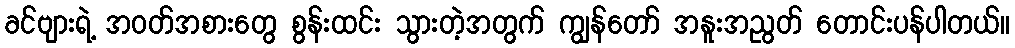
ခင်ဗျားရဲ့ အဝတ်အစားတွေ စွန်းထင်း သွားတဲ့အတွက် ကျွန်တော် အနူးအညွတ် တောင်းပန်ပါတယ်။